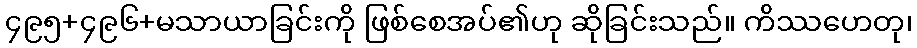
၄၉၅+၄၉၆+မသာယာခြင်းကို ဖြစ်စေအပ်၏ဟု ဆိုခြင်းသည်။ ကိဿဟေတု၊